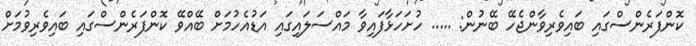
ކޮންފަރެންސްގައި ބައިވެރިވާންޖެހޭ ބޭނުން: ..... ހުށަހަޅާފައިވާ މައްސަލައިގައި އަޑުއެހުމަށް ބޭއްވޭ ކޮންފަރެންސްގައި ބައިވެރިވުމަށް